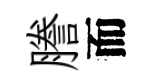
謄而